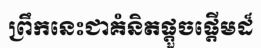
ព្រឹកនេះជាគំនិតផ្តួចផ្តើមដ៏